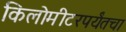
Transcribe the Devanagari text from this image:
किलोमीटरपर्यंतचा